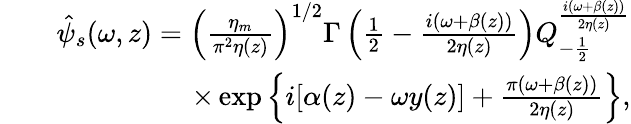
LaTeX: \begin{array}{rlr}&{}&{\hat{\psi}_{s}(\omega,z)=\left(\frac{\eta_{m}}{\pi^{2}\eta(z)}\right)^{1/2}\Gamma\left(\frac{1}{2}-\frac{i(\omega+\beta(z))}{2\eta(z)}\right)Q_{-\frac{1}{2}}^{\frac{i(\omega+\beta(z))}{2\eta(z)}}}\\ &{}&{\times\exp\left\{ i[\alpha(z)-\omega y(z)]+\frac{\pi(\omega+\beta(z))}{2\eta(z)}\right\} ,}\end{array}